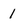
Character: 1